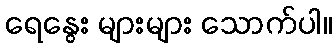
ရေနွေး များများ သောက်ပါ။